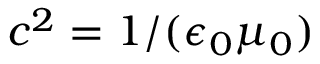
c ^ { 2 } = 1 / ( \epsilon _ { 0 } \mu _ { 0 } )